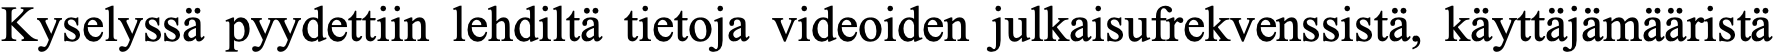
Kyselyssä pyydettiin lehdiltä tietoja videoiden julkaisufrekvenssistä, käyttäjämääristä